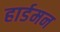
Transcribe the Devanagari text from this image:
हार्डमन